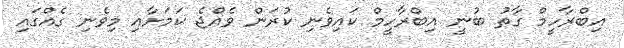
އިބްރާހީމް ގާތު ބުނީ އިބްރާހީމް ކައިވެނި ކުރަން ވެއްޖެ ކަމަށާއި މިވެނި ގެއްގައި